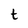
Character: t